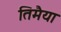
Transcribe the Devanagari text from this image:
तिमैया